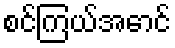
စင်ကြယ်အောင်